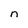
Character: n